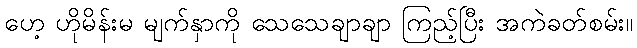
ဟေ့ ဟိုမိန်းမ မျက်နှာကို သေသေချာချာ ကြည့်ပြီး အကဲခတ်စမ်း။